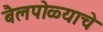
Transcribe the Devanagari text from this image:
बैलपोळ्याचे